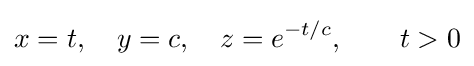
x=t,\quad y=c,\quad z=e^{-t/c},\qquad t>0